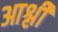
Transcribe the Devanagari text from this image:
आश्ली